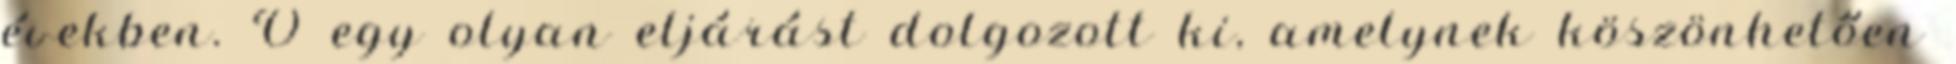
években. Ő egy olyan eljárást dolgozott ki, amelynek köszönhetően